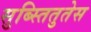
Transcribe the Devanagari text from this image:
सुब्स्तितुतेस